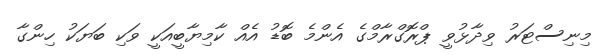
މިނިސްޓަރު ވިދާޅުވީ ޕްރޮގްރާމްގެ އެންމެ ބޮޑު އެއް ކާމިޔާބީއަކީ ވަކި ބަޔަކު ހިންގާ